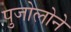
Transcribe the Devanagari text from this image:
पुजोलोने